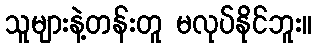
သူများနဲ့တန်းတူ မလုပ်နိုင်ဘူး။